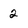
Character: 2